Calcutta medical institutions reports 1871-78
Year: 1871
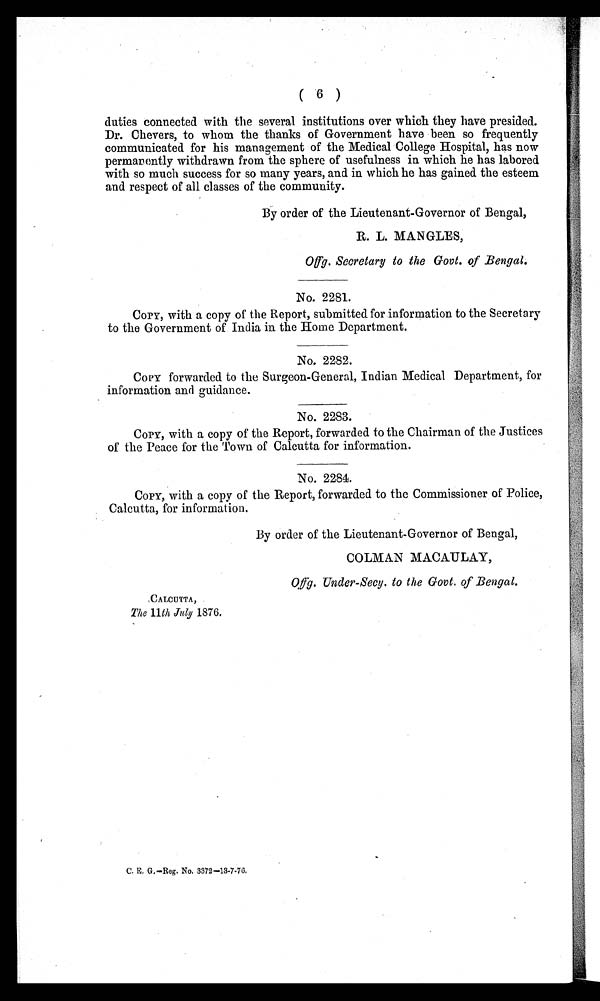
( 6 )
duties connected with the several institutions over which they have presided.
Dr. Chevers, to whom the thanks of Government have been so frequently
communicated for his management of the Medical College Hospital, has now
permanently withdrawn from the sphere of usefulness in which he has labored
with so much success for so many years, and in which he has gained the esteem
and respect of all classes of the community.
By order of the Lieutenant-Governor of Bengal,
R. L. MANGLES,
No. 2281.
COPY, with a copy of the Report, submitted for information to the Secretary
to the Government of India in the Home Department.
No. 2282.
COPY forwarded to the Surgeon-General, Indian Medical Department, for
information and guidance.
No. 2283.
COPY, with a copy of the Report, forwarded to the Chairman of the Justices
of the Peace for the Town of Calcutta for information.
No. 2284.
COPY, with a copy of the Report, forwarded to the Commissioner of Police,
Calcutta, for information.
By order of the Lieutenant-Governor of Bengal,
COLMAN MACAULAY,
CALCUTTA,
The 11th July 1876.
C. E. G.—Reg. No. 3372-13-7-76.